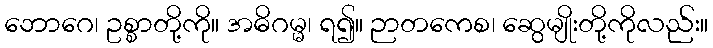
ဘောဂေ၊ ဥစ္စာတို့ကို။ အဓိဂမ္မ၊ ရ၍။ ဉာတကေစ၊ ဆွေမျိုးတို့ကိုလည်း။